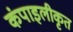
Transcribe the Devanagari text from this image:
कंपाइलीकृत